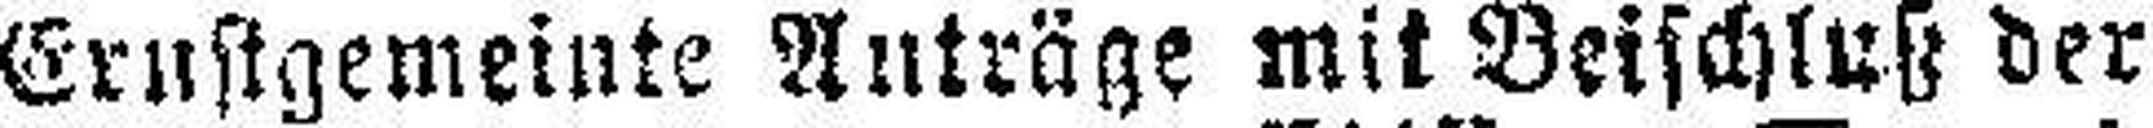
Ernstgemeinte Anträge mit Beischluß der